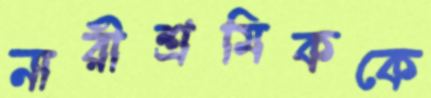
নারীশ্রমিককে